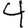
Digit: 4